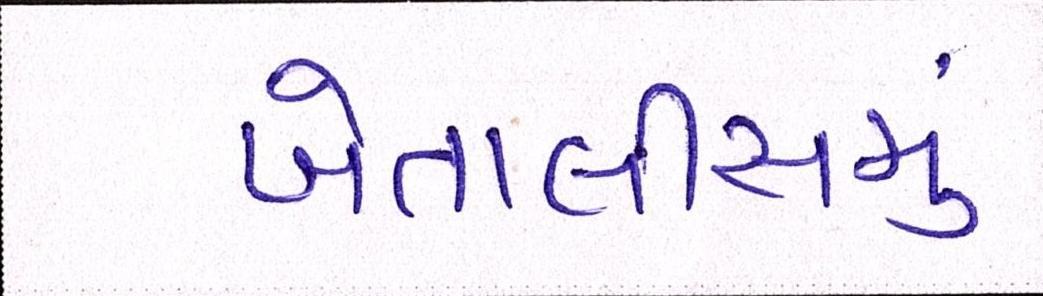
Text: બેતાલીસમું